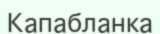
Капабланка